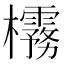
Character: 𪴟